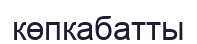
көпкабатты